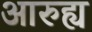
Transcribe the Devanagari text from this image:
आरुह्य